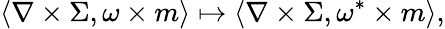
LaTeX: \left\langle\nabla\times\Sigma,\omega\times m\right\rangle\mapsto\left\langle\nabla\times\Sigma,\omega^{*}\times m\right\rangle,